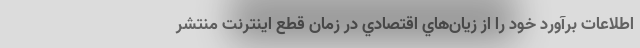
اطلاعات برآورد خود را از زيان‌هاي اقتصادي در زمان قطع اينترنت منتشر